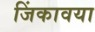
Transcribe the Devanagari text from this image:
जिंकावया